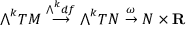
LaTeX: { \textstyle \bigwedge } ^ { k } T M \ { \stackrel { { \bigwedge } ^ { k } d f } { \longrightarrow } } \ { \textstyle \bigwedge } ^ { k } T N \ { \stackrel { \omega } { \to } } \ N \times \mathbf { R }